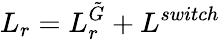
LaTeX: L_{r}=L_{r}^{\tilde{G}}+L^{switch}